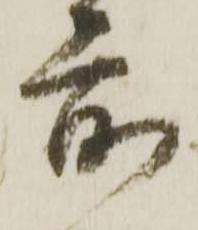
前